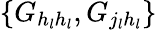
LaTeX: \{ G_{h_{l}h_{l}},G_{j_{l}h_{l}}\}